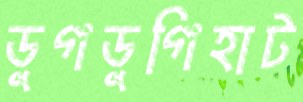
ডুগডুগিহাট